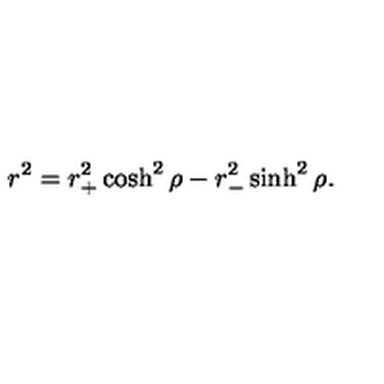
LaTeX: r ^ { 2 } = r _ { + } ^ { 2 } \cosh ^ { 2 } \rho - r _ { - } ^ { 2 } \sinh ^ { 2 } \rho .